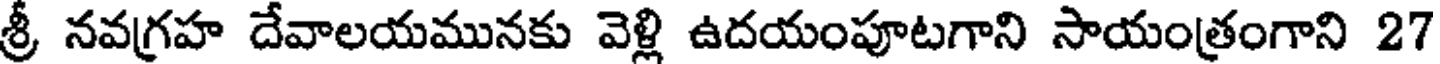
శ్రీ నవగ్రహ దేవాలయమునకు వెళ్లి ఉదయంపూటగాని సాయంత్రంగాని 27